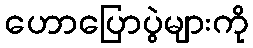
ဟောပြောပွဲများကို